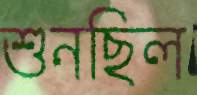
শুনছিল